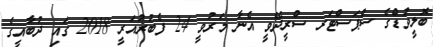
ބޮލީވުޑްގެ ސްޕަސްޓަރ ސްރީދޭވީ އެނާ މަރުވީ 24 ފެބުރުއަރީ 2018 ގައި ދުބާއީގެ